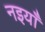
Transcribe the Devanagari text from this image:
नइयाँ